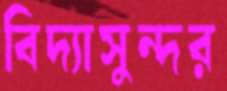
বিদ্যাসুন্দর